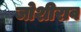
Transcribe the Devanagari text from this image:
जोशीराव